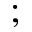
;